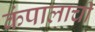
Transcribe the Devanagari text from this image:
कंपालाची